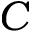
C